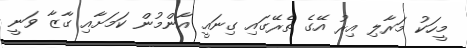
މީހަކު މަރާލި އިރު އޭގެ ތެރޭގައި ގިނައީ އާންމުން ކަމަށާއި ގާޒާ ވަނީ